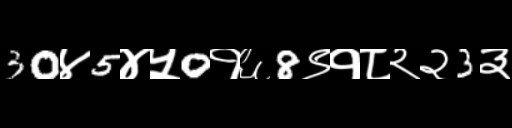
Text: 30४5४५0१६8९१८२२3३